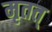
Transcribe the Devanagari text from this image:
मृतत्